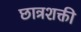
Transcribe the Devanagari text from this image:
छात्रशक्ती